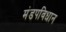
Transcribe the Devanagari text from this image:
मंडपविधान